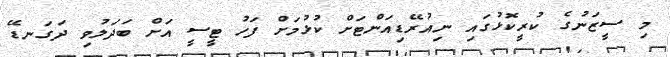
މި ސީޒަނުގެ ކުރީކޮޅުގައި ނިއުރޭޑިއަންޓަށް ކުޅުމަށް ފަހު ޓީސީ އަށް ބަދަލުވި ދަގަނޑޭ